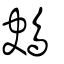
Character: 鴂